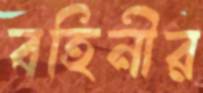
বহিনীর